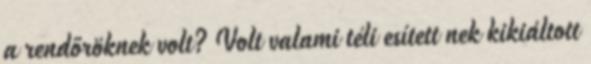
a rendőröknek volt? Volt valami téli esített nek kikiáltott